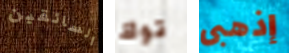
السائقين توك إذهبى